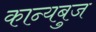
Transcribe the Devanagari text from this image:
कान्यबुज